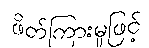
ဖိတ်ကြားမှုဖြင့်